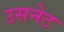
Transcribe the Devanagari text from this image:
उसनेट